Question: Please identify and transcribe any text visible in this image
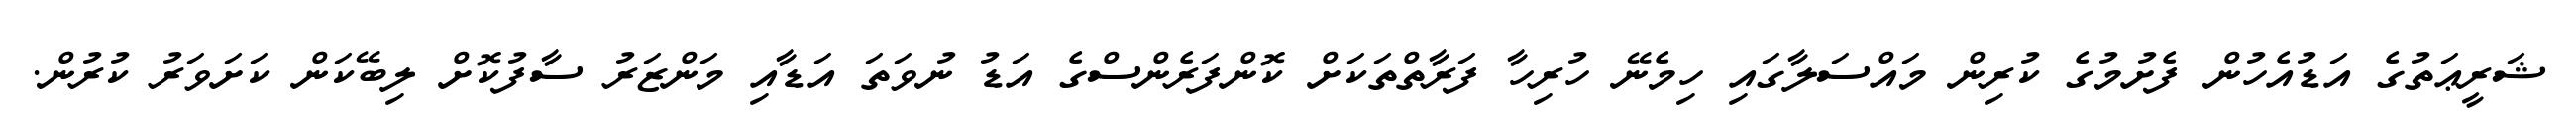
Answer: ޝަރީޢަތުގެ އަޑުއެހުން ފެށުމުގެ ކުރިން މައްސަލާގައި ހިމެނޭ ހުރިހާ ފަރާތްތަކަށް ކޮންފަރެންސްގެ އަޑު ނުވަތަ އަޑާއި މަންޒަރު ސާފުކޮށް ލިބޭކަން ކަށަވަރު ކުރުން.